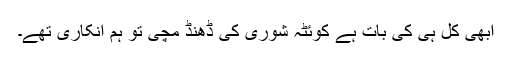
ابھی کل ہی کی بات ہے کوئٹہ شوریٰ کی ڈھنڈ مچی تو ہم انکاری تھے۔